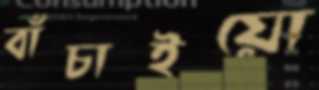
বাঁচাইয়ো